Papers set at the Examination for Leaving Certificates, 1889
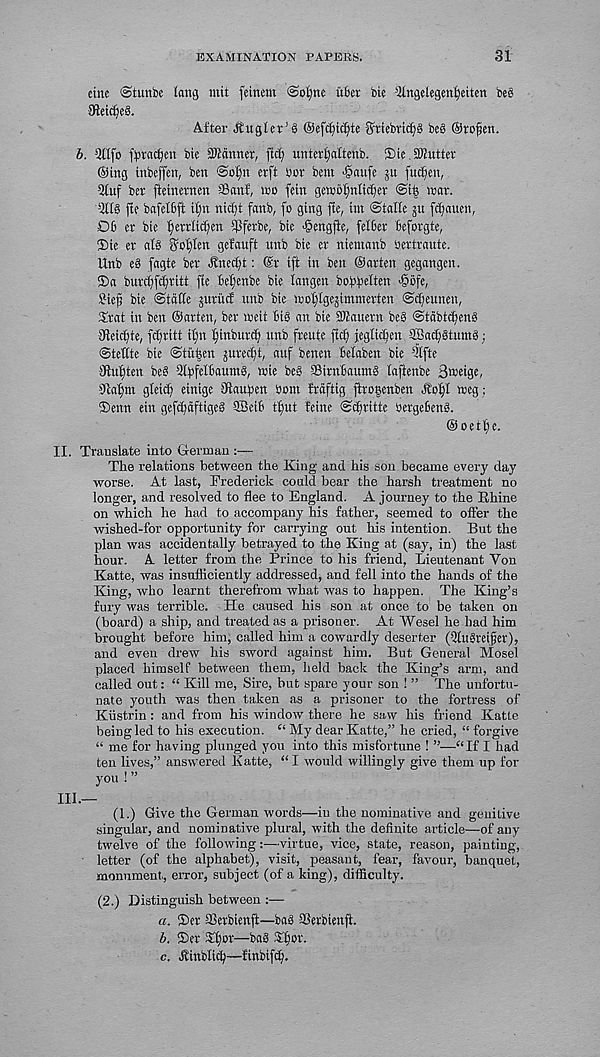
EXAMINATION PAPERS.
31
cine @tunbe long mii feinent (Soljne u6ei bie 4 Kngelegen^eiten beb
SHeidjcb.
After Angler’S @ef(^i(^te griebric^b beb Orofen.
b. 2Ufo f^rnc^en bie iWcinner, fttfj unterf^attenb. ®ie.3Butter
@ing inbeffen, ben @oi)n erft Sot bem ■§aufe ju fuiBn,
Qtuf bet fteinetnen ©anf, wo fein gewot^ntidjet @i| wat.
4 IIb fie bafelbft ifni nic^t fnnb, fo ging fie, tin ©talte ju flatten,
06 et bie f)etrlicfien 5Pferbe, bie -fjengfle, fetter Befotgte,
®ie er atb goi)Ien geJauft ttnb bie et ntenmnb bertraute.
llnb eb fagte bet ^nec^t: @t iff in ben ©arten gegangen.
®n burttftttitt fie beljenbe bie langen boftfelten >§6fe,
Sie^ bie <StdCCe jutitcE nnb bie wofllgejimmerten @tt eun « n r
Stat in ben ©atien, bet tbeit Bib an bie 3Kauetn beb ©tdbtc^enb
aHeicifte, f^ritt iim ^inbutt^ ttnb freute ftc^ jegticBen aBac^btuntb;
©tettte bie ©titijen jfiec^t, auf benen Belaben bte ?lfte
SKuljten beb Qlpfettaumb, wie beb ©irnBantnb laftenbe 3®eige<
s Jia^m gleic^ etnige Mauben bom Mfttg ftro|enben
meg;
®enn ein gefttdftigeb ©eiB tfmt feine ©ttritte betgeBenb.
©oetlfe.
II. Translate into German :—
The relations between the King and his son became every day
worse. At last, Frederick could bear the harsh treatment no
longer, and resolved to flee to England. A journey to the Rhine
on which he had to accompany his father, seemed to offer the
wished-for opportunity for carrying out his intention. But the
plan was accidentally betrayed to the King at (say, in) the last
hour. A letter from the Prince to his friend, Lieutenant Yon
Katte, was insufficiently addressed, and fell into the hands of the
King, who learnt therefrom what was to happen. The King’s
fury was terrible. He caused his son at once to be taken on
(board) a ship, and treated as a prisoner. At Wesel he had him
brought before him, called him a cowardly deserter (5tubreifer),
and even drew his sword against him. But General Mosel
placed himself between them, held back the King’s arm, and
called out: “ Kill me, Sire, but spare your son ! ” The unfortu-
nate youth was then taken as a prisoner to the fortress of
Kiistrin: and from his window there he saw his friend Katte
being led to his execution. “ My dear Katte,” he cried, “ forgive
“ me for having plunged you into this misfortune ! ”—“If I had
ten lives,” answered Katte, “I would willingly give them up for
you ! ”
HI.—
(1.) Give the German words—in the nominative and genitive
singular, and nominative plural, with the definite article—of any
twelve of the following:—virtue, vice, state, reason, painting,
letter (of the alphabet), visit, peasant, fear, favour, banquet,
monument,, error, subject (of a king), difficulty.
(2.) Distinguish between :—
a. ®er SBerbienft—bab aSerbienfi.
b. 5>r Xljor—bab Tfjot.
c. Hittblitt—ftnbifcf}.